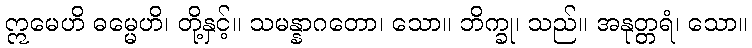
ဣမေဟိ ဓမ္မေဟိ၊ တို့နှင့်။ သမန္နာဂတော၊ သော။ ဘိက္ခု၊ သည်။ အနုတ္တရံ၊ သော။